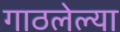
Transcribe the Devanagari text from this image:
गाठलेल्या